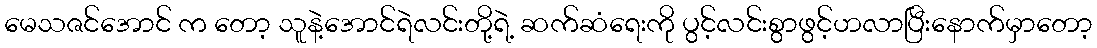
မေသဇင်အောင် က တော့ သူနဲ့အောင်ရဲလင်းတို့ရဲ့ ဆက်ဆံရေးကို ပွင့်လင်းစွာဖွင့်ဟလာပြီးနောက်မှာတော့